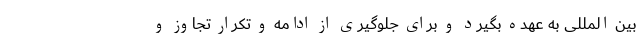
بین المللی به عهده بگیرد و برای جلوگیری از ادامه و تکرار تجاوز و